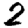
Digit: 2